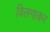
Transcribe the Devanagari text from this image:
विलगाकर